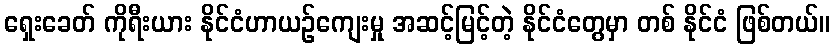
ရှေးခေတ် ကိုရီးယား နိုင်ငံဟာယဉ်ကျေးမှု အဆင့်မြင့်တဲ့ နိုင်ငံတွေမှာ တစ် နိုင်ငံ ဖြစ်တယ်။